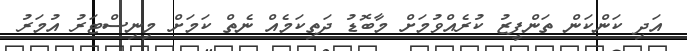
އަދި ކަންކަން ތަންފީޒު ކުރެއްވުމަށް މާބޮޑު ދަތިކަމެއް ނެތް ކަމަށް މިނިސްޓަރު އުމަރު